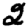
Digit: 2